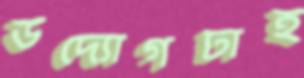
উদ্যোগটাই